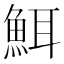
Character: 𮫸